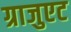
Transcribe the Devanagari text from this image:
ग्राजुएट